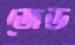
জেড